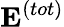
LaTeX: \textbf{E}^{(tot)}